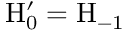
\mathrm { H } _ { 0 } ^ { \prime } = \mathrm { H } _ { - 1 }